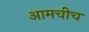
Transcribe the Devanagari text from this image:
आमचीच